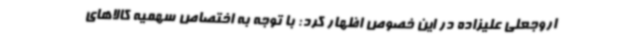
اروجعلی علیزاده در این خصوص اظهار کرد: با توجه به اختصاص سهمیه کالاهای